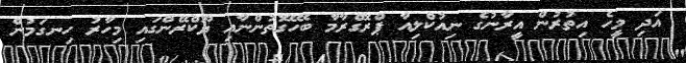
އަދި މީހެ އިތުރުން އީރާނުގެ ނިއުކްލިއާ ޕްރޮގްރާމާ ބެހޭގޮތުންނާއި ޔޫކްރޭންގައި މިހާރު ހިނގަމުން